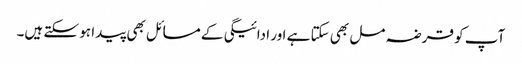
آپ کو قرضہ مل بھی سکتا ہے اور ادائیگی کے مسائل بھی پیدا ہو سکتے ہیں۔